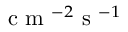
\mathrm { ~ c ~ m ~ } ^ { - 2 } \mathrm { ~ s ~ } ^ { - 1 }